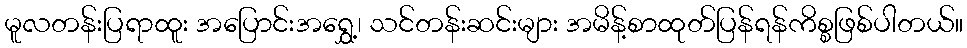
မူလတန်းပြရာထူး အပြောင်းအရွှေ့၊ သင်တန်းဆင်းများ အမိန့်စာထုတ်ပြန်ရန်ကိစ္စဖြစ်ပါတယ်။